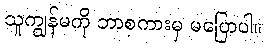
သူကျွန်မကို ဘာစကားမှ မပြောပါ။